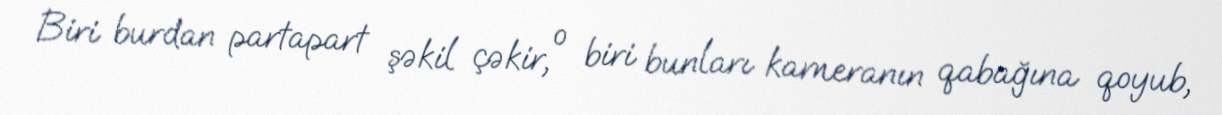
Biri burdan partapart şəkil çəkir, o biri bunları kameranın qabağına qoyub,